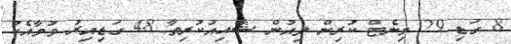
8 ގަޑި 29 މިނެޓް ކުރިން ލިއުން ޝާއިއުކުރިތާ 48 ގަޑިއިރު ވުމާއެކު